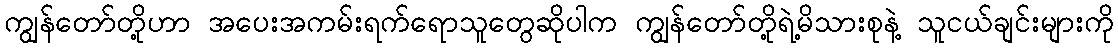
ကျွန်တော်တို့ဟာ အပေးအကမ်းရက်ရောသူတွေဆိုပါက ကျွန်တော်တို့ရဲ့မိသားစုနဲ့ သူငယ်ချင်းများကို